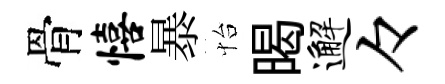
骨僖暴怡暍邂々